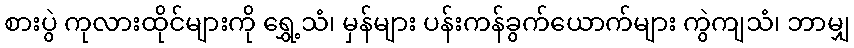
စားပွဲ ကုလားထိုင်များကို ရွှေ့သံ၊ မှန်များ ပန်းကန်ခွက်ယောက်များ ကွဲကျသံ၊ ဘာမျှ